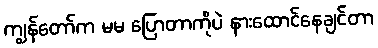
ကျွန်တော်က မမ ပြောတာကိုပဲ နားထောင်နေချင်တာ